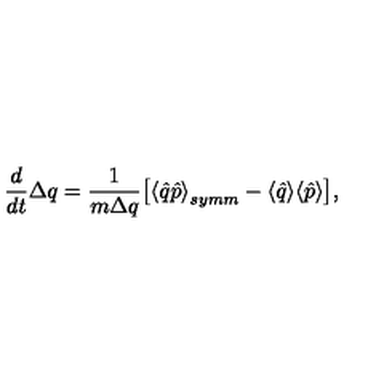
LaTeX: \frac { d } { d t } \Delta q = \frac { 1 } { m \Delta q } \big [ { \langle \hat { q } \hat { p } \rangle } _ { s y m m } - \langle \hat { q } \rangle \langle \hat { p } \rangle \big ] ,